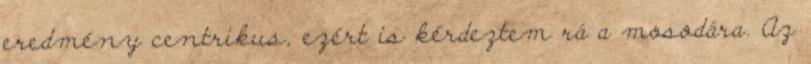
eredmény centrikus, ezért is kérdeztem rá a mosodára. Az